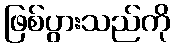
ဖြစ်ပွားသည်ကို